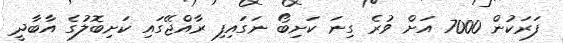
ފަރަކުން 7000 އަށް ވުރެ ގިނަ ކަށިބޯ ނަގައިފި ރާއްޖޭގައި ކަށިބޮލުގެ އާބާދީ